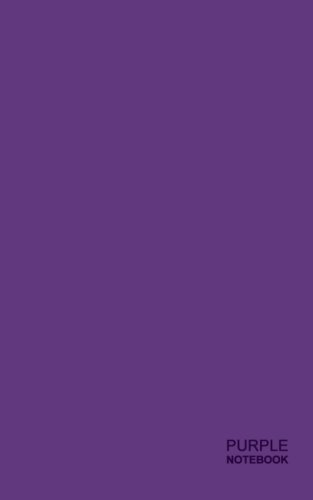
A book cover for Purple Notebook: Gifts / Presents ( Small Ruled Writing Journals / Paper Notebooks ) (Plain Shades); smART bookx; Business & Money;